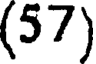
(57)